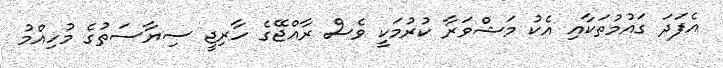
އެފަދަ ގައުމުތަކާއި އެކު މަޝްވަރާ ކުރުމަކީ ވެސް ރާއްޖޭގެ ހާރިޖީ ސިޔާސަތުގެ މުހިއްމު